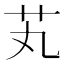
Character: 芄